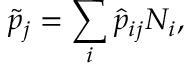
\tilde { p } _ { j } = \sum _ { i } \hat { p } _ { i j } N _ { i } ,